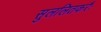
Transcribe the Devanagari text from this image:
सुललितकरैः